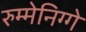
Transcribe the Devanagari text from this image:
रुम्मेनिग्गे